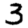
Digit: 3